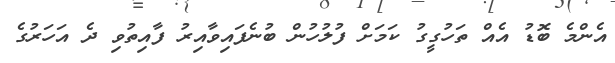
އެންމެ ބޮޑު އެއް ތަހުގީގު ކަމަށް ފުލުހުން ބުނެފައިވާއިރު ފާއިތުވި ދެ އަހަރުގެ